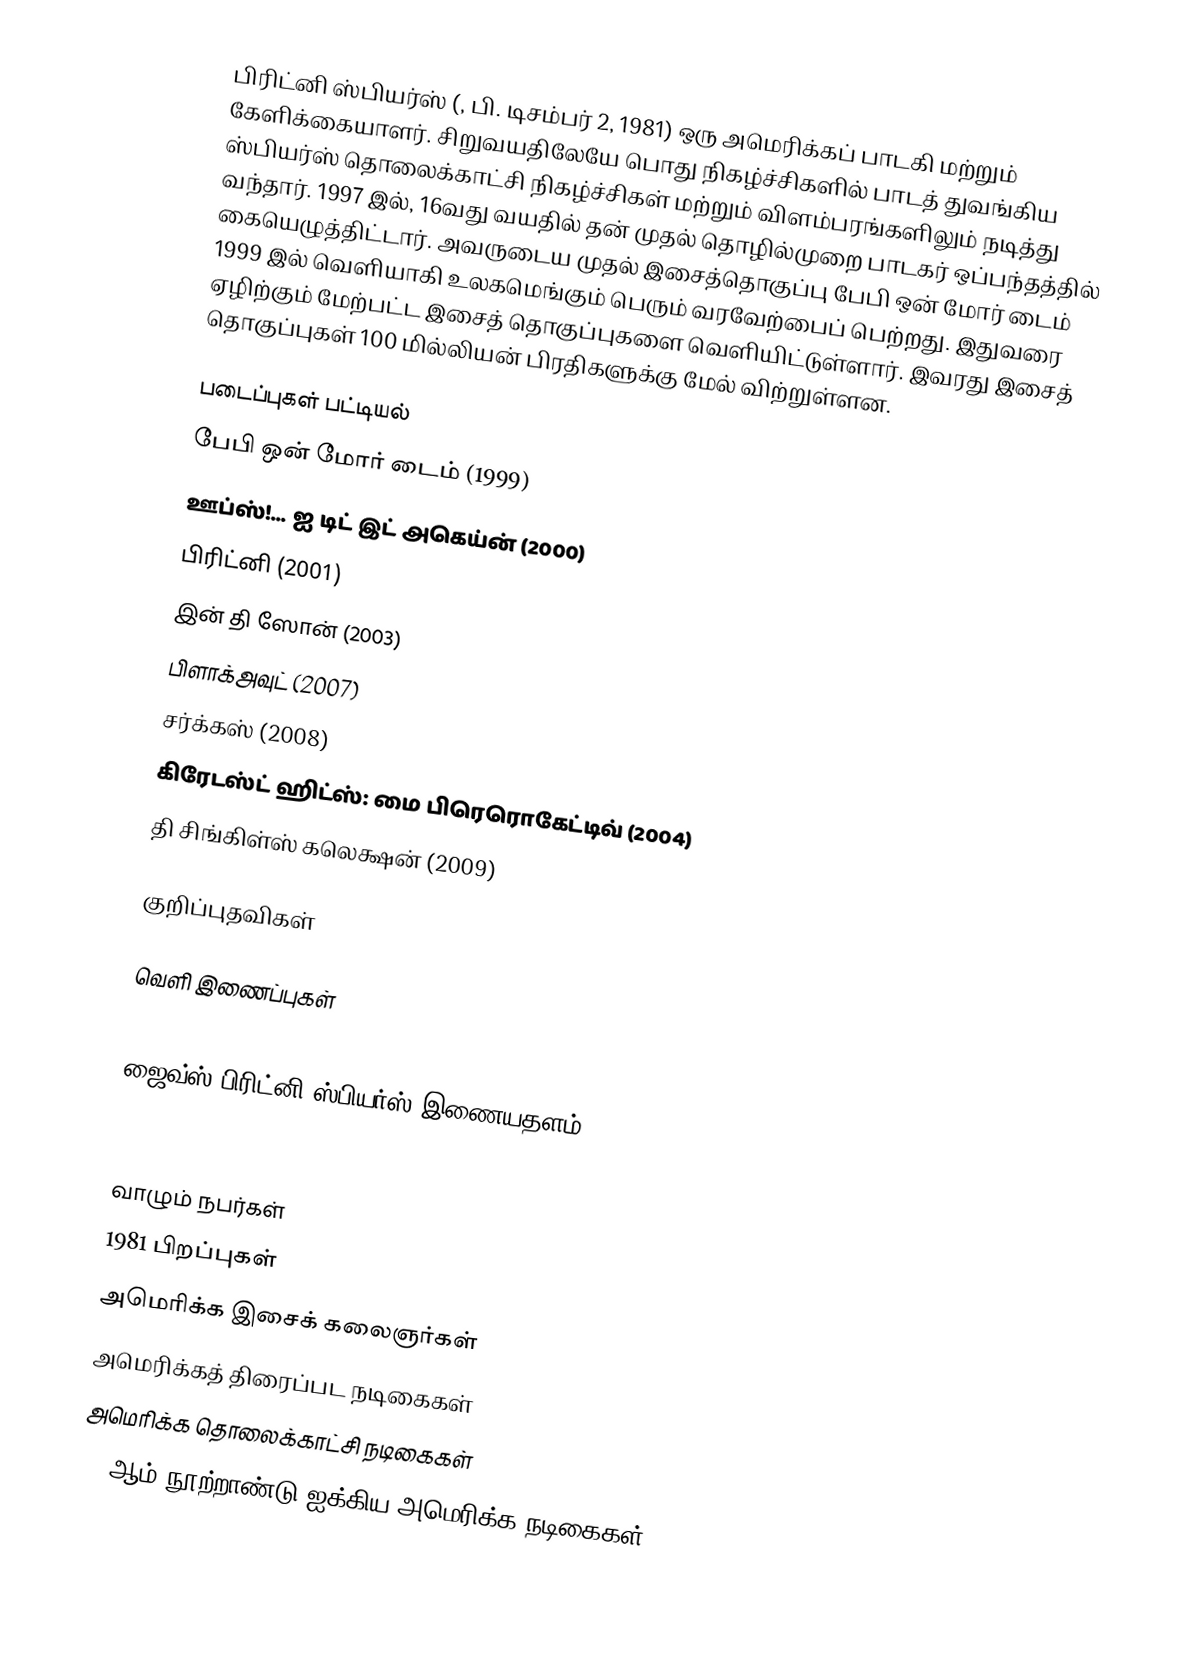
பிரிட்னி ஸ்பியர்ஸ் (, பி. டிசம்பர் 2, 1981) ஒரு அமெரிக்கப் பாடகி மற்றும் கேளிக்கையாளர். சிறுவயதிலேயே பொது நிகழ்ச்சிகளில் பாடத் துவங்கிய ஸ்பியர்ஸ் தொலைக்காட்சி நிகழ்ச்சிகள் மற்றும் விளம்பரங்களிலும் நடித்து வந்தார். 1997 இல், 16வது வயதில் தன் முதல் தொழில்முறை பாடகர் ஒப்பந்தத்தில் கையெழுத்திட்டார். அவருடைய முதல் இசைத்தொகுப்பு பேபி ஒன் மோர் டைம்  1999 இல் வெளியாகி உலகமெங்கும் பெரும் வரவேற்பைப் பெற்றது. இதுவரை ஏழிற்கும் மேற்பட்ட இசைத் தொகுப்புகளை வெளியிட்டுள்ளார். இவரது இசைத் தொகுப்புகள் 100 மில்லியன் பிரதிகளுக்கு மேல் விற்றுள்ளன.

படைப்புகள் பட்டியல்
  பேபி ஒன் மோர் டைம்  (1999)
 ஊப்ஸ்!... ஐ டிட் இட் அகெய்ன் (2000)
 பிரிட்னி (2001)
 இன் தி ஸோன் (2003)
 பிளாக்அவுட் (2007)
 சர்க்கஸ் (2008)
 கிரேடஸ்ட் ஹிட்ஸ்: மை பிரெரொகேட்டிவ் (2004)
 தி சிங்கிள்ஸ் கலெக்ஷன் (2009)

குறிப்புதவிகள்

வெளி இணைப்புகள்

 ஜைவ்ஸ் பிரிட்னி ஸ்பியர்ஸ் இணையதளம்

வாழும் நபர்கள்
1981 பிறப்புகள்
அமெரிக்க இசைக் கலைஞர்கள்
அமெரிக்கத் திரைப்பட நடிகைகள்
அமெரிக்க தொலைக்காட்சி நடிகைகள்
21 ஆம் நூற்றாண்டு ஐக்கிய அமெரிக்க நடிகைகள்